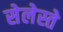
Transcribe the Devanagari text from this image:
सेलेस्ते